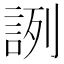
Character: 𧧋